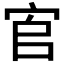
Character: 𡧺